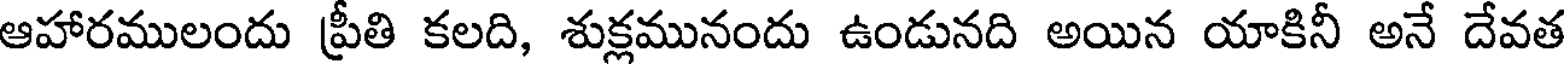
ఆహారములందు ప్రీతి కలది, శుక్లమునందు ఉండునది అయిన యాకినీ అనే దేవత